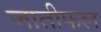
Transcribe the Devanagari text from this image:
जातीफल